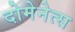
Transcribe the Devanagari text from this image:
दोमेनेत्स